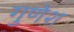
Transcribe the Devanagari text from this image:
गुणेश